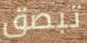
تبصق